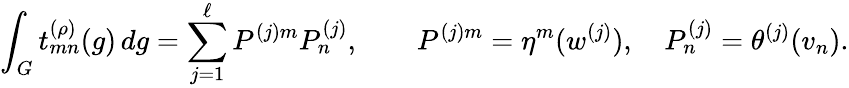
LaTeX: \int_{G}t_{mn}^{(\rho)}(g)\, dg=\sum_{j=1}^{\ell}P^{(j)m}P_{n}^{(j)},\qquad P^{(j)m}=\eta^{m}(w^{(j)}),\quad P_{n}^{(j)}=\theta^{(j)}(v_{n}).